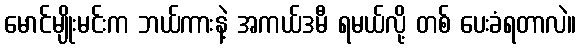
မောင်မျိုးမင်းက ဘယ်ကားနဲ့ အကယ်ဒမီ ရမယ်လို့ တစ် ပေးခံရတာလဲ။